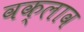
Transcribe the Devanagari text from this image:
वक्लाव